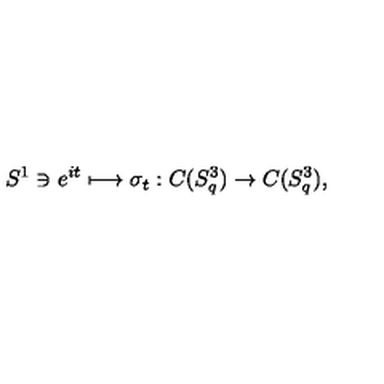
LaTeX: S ^ { 1 } \ni e ^ { i t } \longmapsto \sigma _ { t } : C ( S _ { q } ^ { 3 } ) \rightarrow C ( S _ { q } ^ { 3 } ) ,